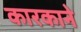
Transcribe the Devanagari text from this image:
कारकाने